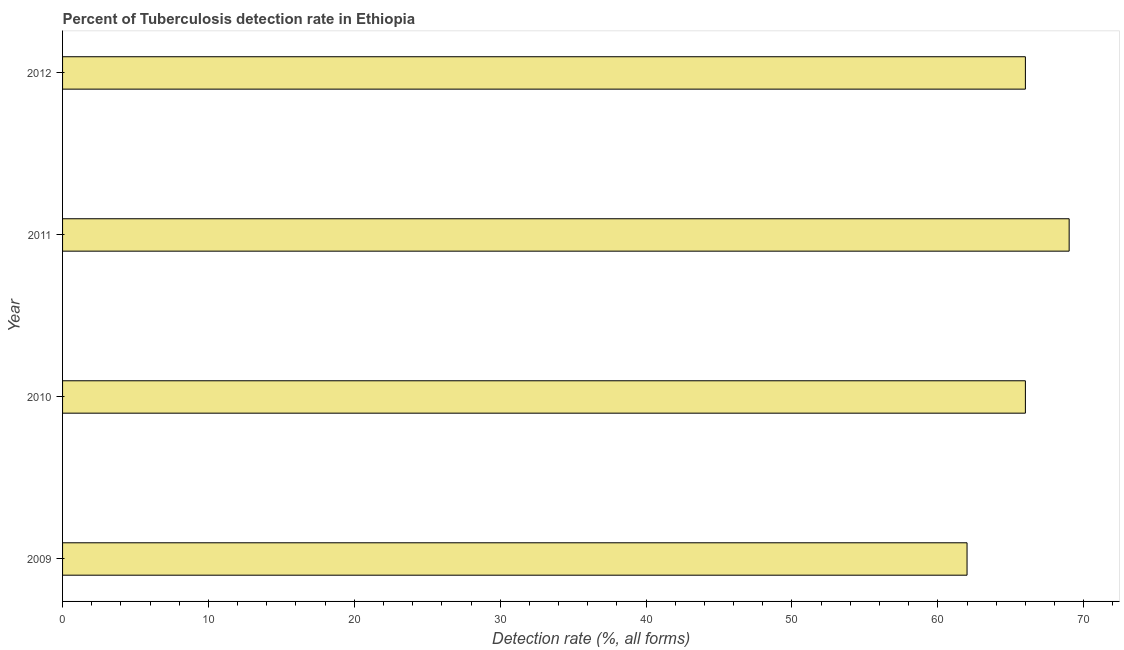
| Year | Tuberculosis case detection rate |
 | --- | --- |
 | 2009 | 62 |
 | 2010 | 66 |
 | 2011 | 69 |
 | 2012 | 66 |